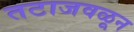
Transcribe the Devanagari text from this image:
तटाजवळून